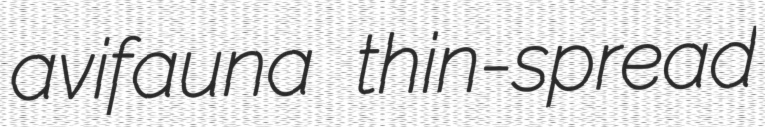
avifauna thin-spread